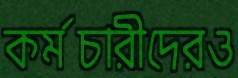
কর্মচারীদেরও